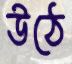
উঠে